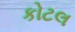
કોટલ